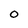
Character: 0